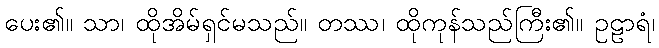
ပေး၏။ သာ၊ ထိုအိမ်ရှင်မသည်။ တဿ၊ ထိုကုန်သည်ကြီး၏။ ဥဠာရံ၊